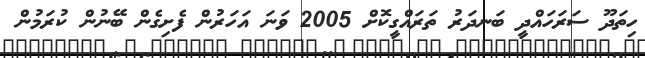
ހިތަދޫ ސަރަހައްދީ ބަނދަރު ތަރައްގީކޮށް 2005 ވަނަ އަހަރުން ފެށިގެން ބޭނުން ކުރަމުން